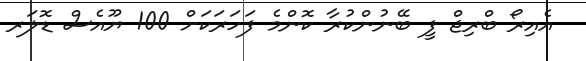
އެއިރޯ ބްރިޖް ފީ ބޭނުންކުރާ ކޮންމެ ފަހަރަކަށް 100 ޔޫއެސް ޑޮލަރ